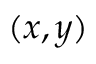
( x , y )